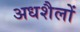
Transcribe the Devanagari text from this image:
अधशैलों